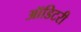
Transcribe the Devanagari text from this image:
ऑडिटरी